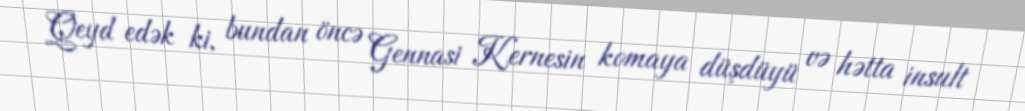
Qeyd edək ki, bundan öncə Gennasi Kernesin komaya düşdüyü və hətta insult